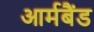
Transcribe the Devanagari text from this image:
आर्मबैंड